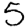
Digit: 5